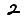
Digit: 2